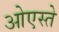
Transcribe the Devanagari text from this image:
ओएस्ते